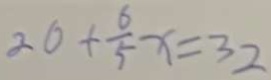
2 0 + \frac { 6 } { 5 } x = 3 2